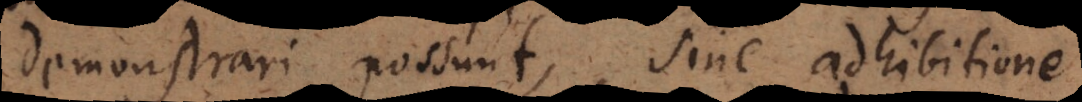
demonstrari possunt, sine adhibitione